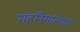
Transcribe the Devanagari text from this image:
सहनिर्मात्याने